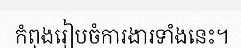
កំពុងរៀបចំការងារទាំងនេះ។